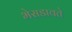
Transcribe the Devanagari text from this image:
भेसडावते